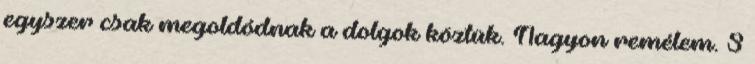
egyszer csak megoldódnak a dolgok köztük. Nagyon remélem. S